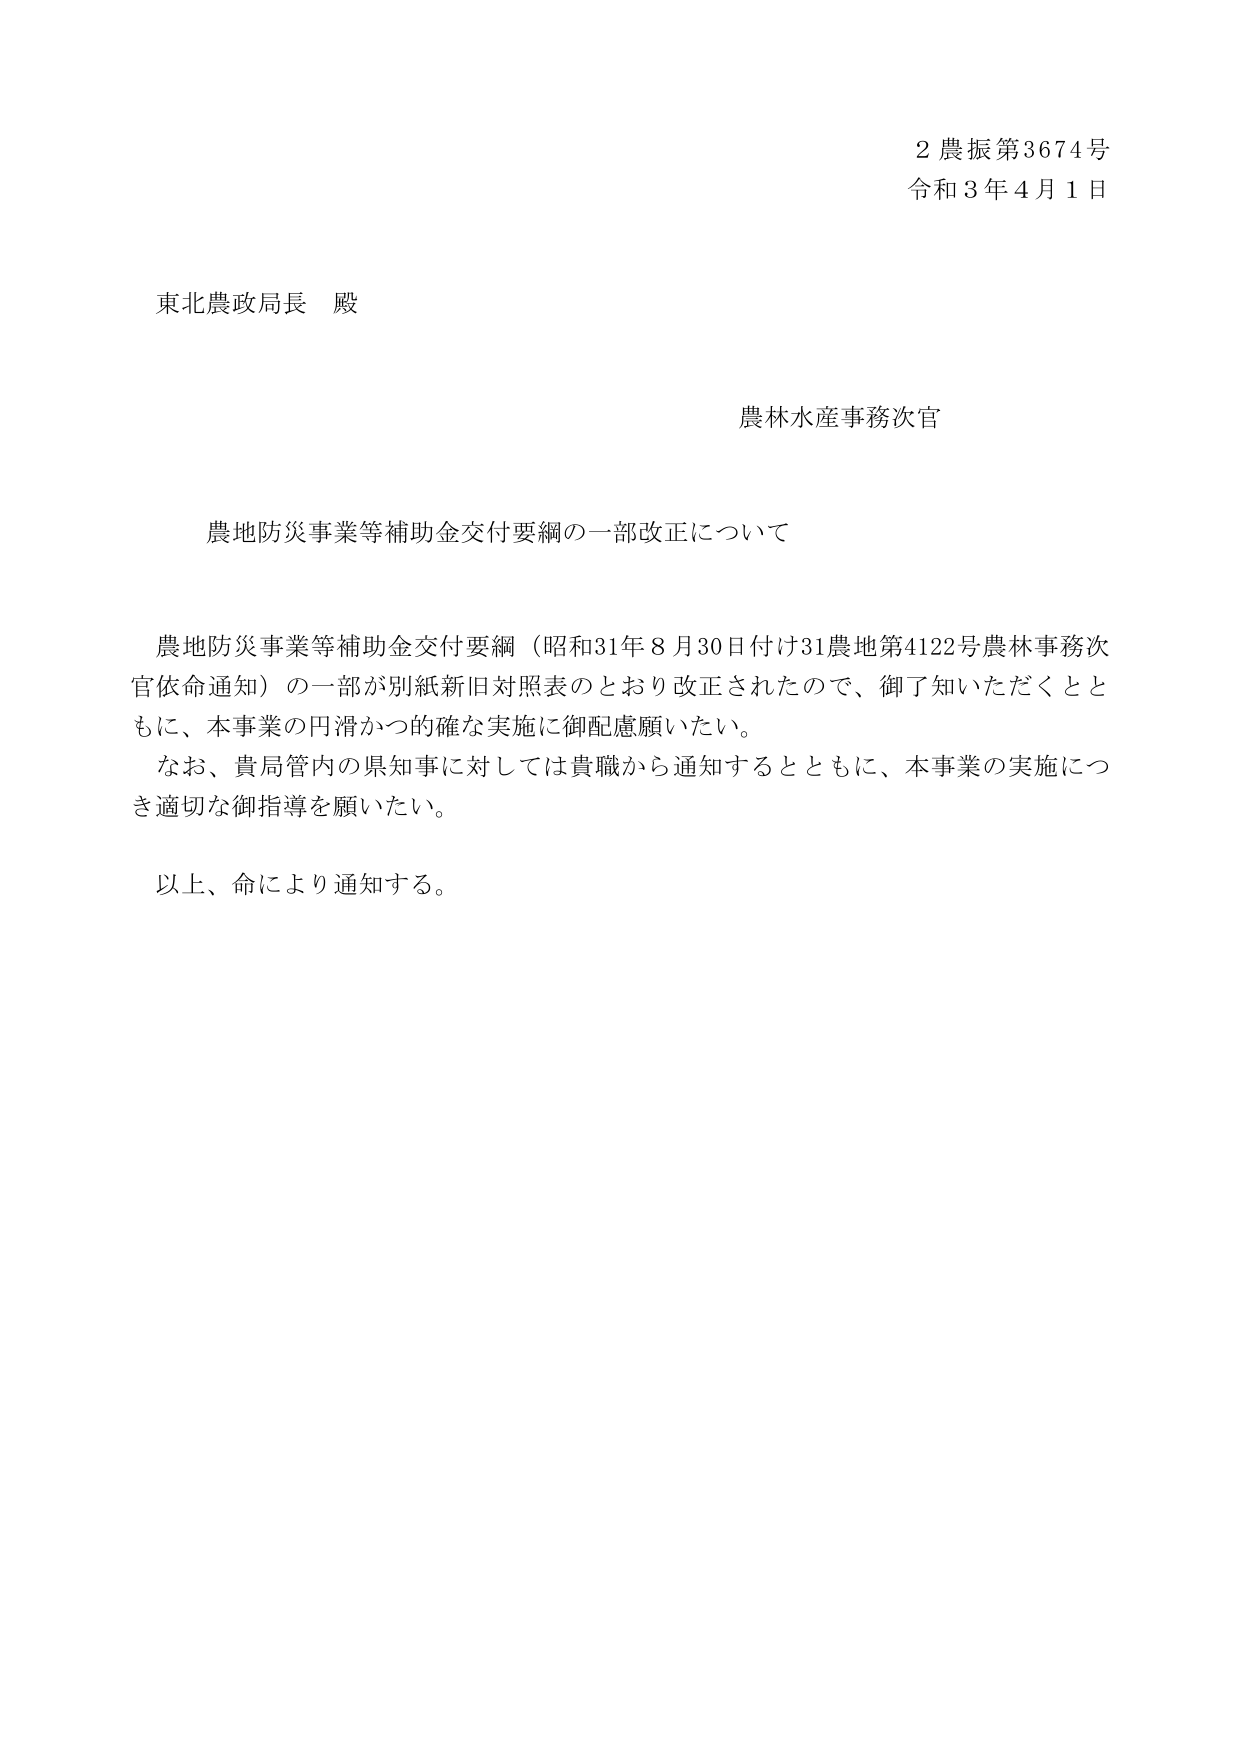
2 農振第3674号
令和3年4月1日

東北農政局長 殿

農林水産事務次官

農地防災事業等補助金交付要綱の一部改正について

農地防災事業等補助金交付要綱（昭和31年8月30日付け31農地第4122号農林事務次官依命通知）の一部が別紙新旧対照表のとおり改正されたので、御了知いただくとともに、本事業の円滑かつ的確な実施に御配慮願いたい。
なお、貴局管内の県知事に対しては貴職から通知するとともに、本事業の実施につき適切な御指導を願いたい。

以上、命により通知する。